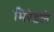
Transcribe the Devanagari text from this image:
मिरेइले